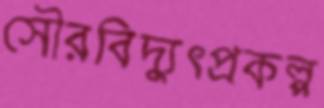
সৌরবিদ্যুৎপ্রকল্প